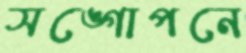
সঙ্গোপনে